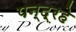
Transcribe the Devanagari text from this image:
पन्द्रहे